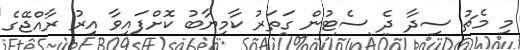
މި މެޗު ސިދާ ދެ ސެޓުން ގަތަރު ކާމިޔާބު ކޮށްފައިވާ އިރު ރާއްޖޭގެ